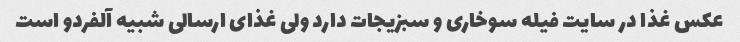
عکس غذا در سایت فیله سوخاری و سبزیجات دارد ولی غذای ارسالی شبیه آلفردو است